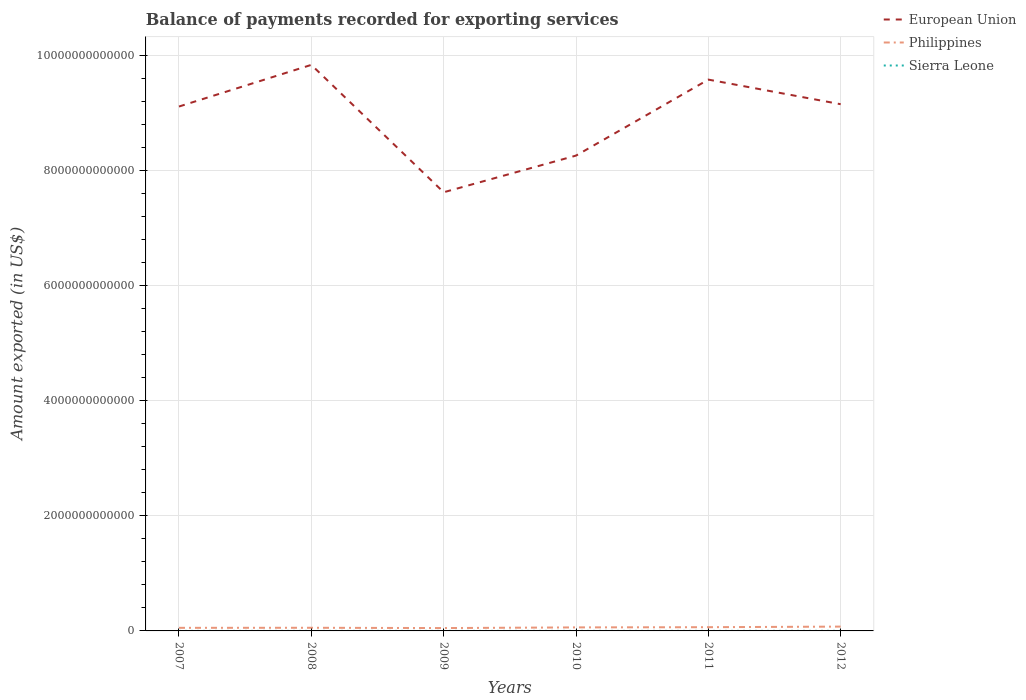
| Years | European Union | Philippines | Sierra Leone |
 | --- | --- | --- | --- |
 | 2007 | 9.11e+12 | 5.37e+10 | 3.74e+08 |
 | 2008 | 9.84e+12 | 5.47e+10 | 3.48e+08 |
 | 2009 | 7.62e+12 | 4.96e+10 | 3.8e+08 |
 | 2010 | 8.26e+12 | 6.12e+10 | 4.27e+08 |
 | 2011 | 9.58e+12 | 6.48e+10 | 5.48e+08 |
 | 2012 | 9.15e+12 | 7.51e+10 | 1.35e+09 |